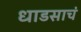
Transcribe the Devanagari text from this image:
धाडसाचं